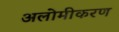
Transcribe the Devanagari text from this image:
अलोमीकरण